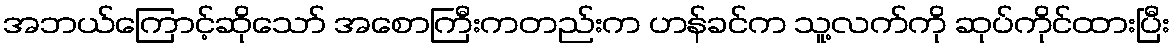
အဘယ်ကြောင့်ဆိုသော် အစောကြီးကတည်းက ဟန်ခင်က သူ့လက်ကို ဆုပ်ကိုင်ထားပြီး